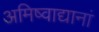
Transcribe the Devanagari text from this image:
अमिष्वाद्यानां